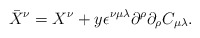
\begin{align*}{\bar X}^\nu=X^\nu+y\epsilon^{\nu\mu\lambda}\partial^\rho\partial_\rho C_{\mu\lambda}. \end{align*}